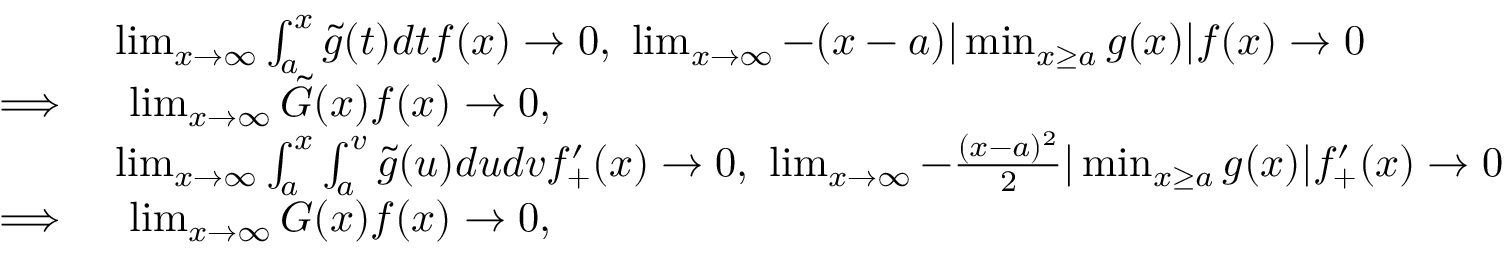
\begin{array} { r l } & { \operatorname* { l i m } _ { x \rightarrow \infty } \int _ { a } ^ { x } \tilde { g } ( t ) d t f ( x ) \rightarrow 0 , \ \operatorname* { l i m } _ { x \rightarrow \infty } - ( x - a ) | \operatorname* { m i n } _ { x \geq a } g ( x ) | f ( x ) \rightarrow 0 } \\ { \implies } & { \ \operatorname* { l i m } _ { x \rightarrow \infty } \tilde { G } ( x ) f ( x ) \rightarrow 0 , } \\ & { \operatorname* { l i m } _ { x \rightarrow \infty } \int _ { a } ^ { x } \int _ { a } ^ { v } \tilde { g } ( u ) d u d v f _ { + } ^ { \prime } ( x ) \rightarrow 0 , \ \operatorname* { l i m } _ { x \rightarrow \infty } - \frac { ( x - a ) ^ { 2 } } { 2 } | \operatorname* { m i n } _ { x \geq a } g ( x ) | f _ { + } ^ { \prime } ( x ) \rightarrow 0 } \\ { \implies } & { \ \operatorname* { l i m } _ { x \rightarrow \infty } G ( x ) f ( x ) \rightarrow 0 , } \end{array}